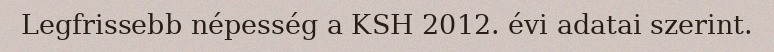
Legfrissebb népesség a KSH 2012. évi adatai szerint.